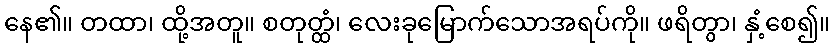
နေ၏။ တထာ၊ ထို့အတူ။ စတုတ္ထံ၊ လေးခုမြောက်သောအရပ်ကို။ ဖရိတွာ၊ နှံ့စေ၍။